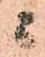
ニ